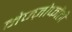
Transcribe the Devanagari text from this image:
मेज्ज़ोफोंती